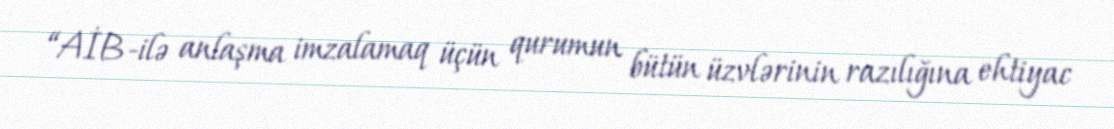
“AİB-ilə anlaşma imzalamaq üçün qurumun bütün üzvlərinin razılığına ehtiyac